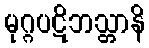
မုဂ္ဂပဋိဘသ္တာနိ